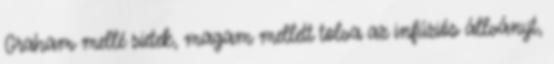
Graham mellé sietek, magam mellett tolva az infúziós állványt,